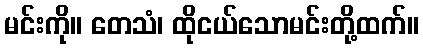
မင်းကို။ တေသံ၊ ထိုငယ်သောမင်းတို့ထက်။